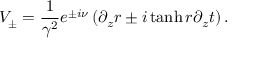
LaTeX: V _ { \pm } = \frac { 1 } { \gamma ^ { 2 } } e ^ { \pm i \nu } \left( \partial _ { z } r \pm i \operatorname { t a n h } r \partial _ { z } t \right) .